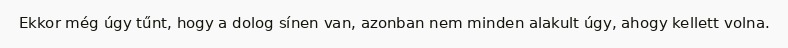
Ekkor még úgy tűnt, hogy a dolog sínen van, azonban nem minden alakult úgy, ahogy kellett volna.